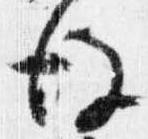
後